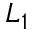
L _ { 1 }